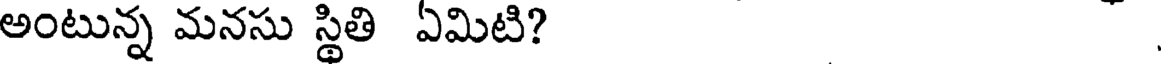
అంటున్న మనసు స్థితి ఏమిటి?